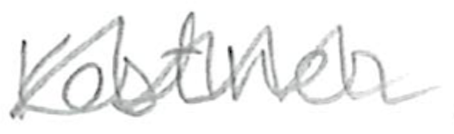
Text: Kestner
Cross-out: zig-zag
Writing tool: pencil